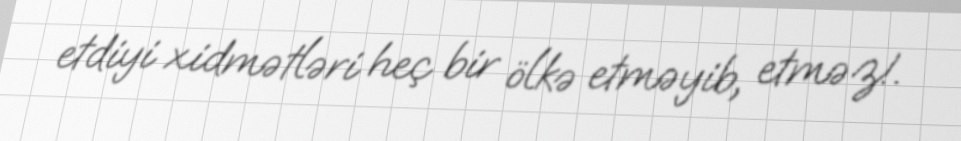
etdiyi xidmətləri heç bir ölkə etməyib, etməz!.